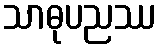
သာဓုပညဿ